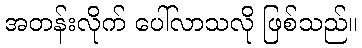
အတန်းလိုက် ပေါ်လာသလို ဖြစ်သည်။